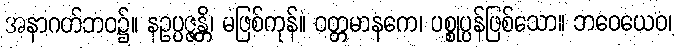
အနာဂတ်ဘဝ၌။ နဥပ္ပဇ္ဇန္တိ၊ မဖြစ်ကုန်။ ဝတ္တမာနကေ၊ ပစ္စုပ္ပန်ဖြစ်သော။ ဘဝေယေဝ၊